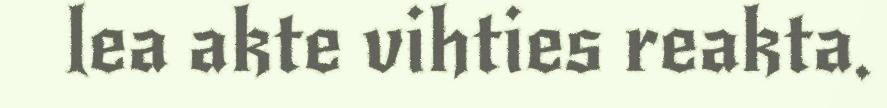
lea akte vihties reakta.